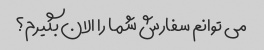
می توانم سفارش شما را الان بگیرم؟